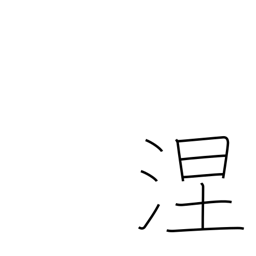
Meaning: black soil